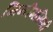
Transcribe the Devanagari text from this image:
मिनीमसिभी